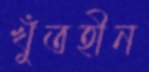
খুঁতহীন